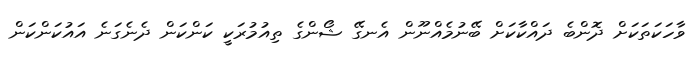
ވާހަކަތަކަށް ދޮންބެ ދައްކާކަށް ބޭނުމެއްނޫން އެނގޭ ޝޯންގެ ތިއުމުރަކީ ކަންކަން ދެނެގަނެ އައުކަންކަން